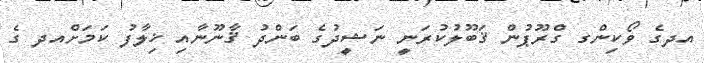
އދގެ ވޯކިންގ ގްރޫޕުން ޤަބޫލުކުރަނީ ނަޝީދުގެ ބަންދު ޤާނޫނާއި ޚިލާފު ކަމަށްއދ ގެ